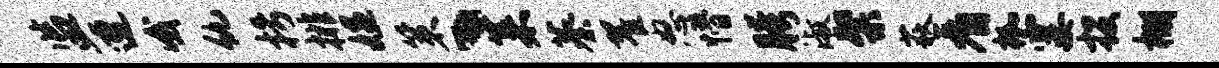
监遭哦仇枵排媪策丶菜蓁翟怒懵胯淑粲荻看枷霎投棚